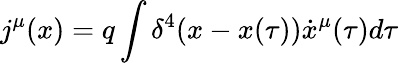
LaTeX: j^{\mu}(x)=q\int{\delta^{4}(x-x(\tau))\dot{x}^{\mu}(\tau)d\tau}